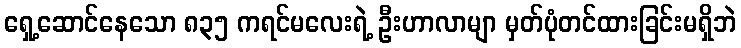
ရှေ့ဆောင်နေသော ၈၃၅ ကရင်မလေးရဲ့ ဦးဟာလာမျာ မှတ်ပုံတင်ထားခြင်းမရှိဘဲ